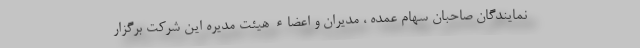
نمايندگان صاحبان سهام عمده ، مديران و اعضاء هيئت مديره اين شركت برگزار